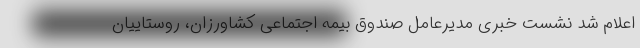
اعلام شد نشست خبری مدیرعامل صندوق بیمه اجتماعی کشاورزان، روستاییان